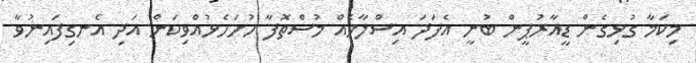
މިކަމާ ގުޅިގެން ޑީއާރުޕީން ބުނީ އެފަދަ އިސްލާހެއް މުސްތޮފާ ހުށަހެޅުއްވިކަން އަދި އެނގިފައިނުވާ